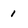
Character: i